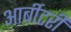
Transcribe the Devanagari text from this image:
आर्बीटरी